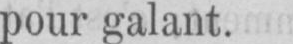
pour galant.